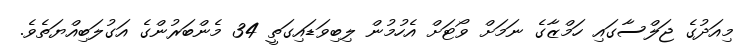
މިއަދުގެ ޖަލްސާގައި ހަމްޒާގެ ނަމަށް ވޯޓަށް އެހުމުން ލިބިވަޑައިގަތީ 34 މެންބަރުންގެ އަގުލަބިއްޔަތެވެ.